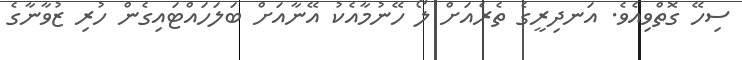
ސިހޭ ގޮތްވިއެވެ. އަނދިރީގެ ތެރެއަށް ލޯ ހޭނުމާއެކު އޭނާއަށް ބަލަހައްޓައިގެން ހުރި ޒުވާނާގެ